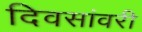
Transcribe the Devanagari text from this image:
दिवसांवरी